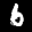
Label: 6